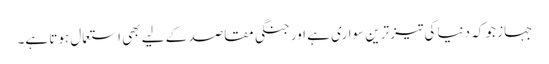
جہاز جو کہ دنیا کی تیز ترین سواری ہے اور جنگی مقاصد کے لیے بھی استعمال ہوتا ہے۔